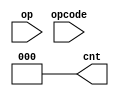
module alu_control(cnt, op, opcode);
 output reg[2:0] cnt;
 input [1:0] op;
 input [3:0] opcode;
 wire [5:0] ctrlin;
 assign cntrlin = {op,opcode};
 always @(cntrlin)
 casex (cntrlin)
   6'b10xxxx: cnt=3'b000;
   6'b01xxxx: cnt=3'b001;
   6'b000010: cnt=3'b000;
   6'b000011: cnt=3'b001;
   6'b000100: cnt=3'b010;
   6'b000101: cnt=3'b011;
   6'b000110: cnt=3'b100;
   6'b000111: cnt=3'b101;
   6'b001000: cnt=3'b110;
   6'b001001: cnt=3'b111;
  default: cnt=3'b000;
  endcase
endmodule